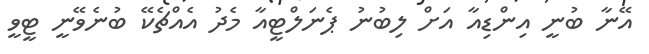
އޭނާ ބުނީ އިންޑިއާ އަށް ލިބުނު ޕެނަލްޓީއާ މެދު އެއްޗެކޭ ބުނެވޭނީ ޓީވީ